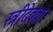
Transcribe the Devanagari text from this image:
स्त्रीदेवता